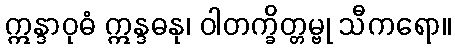
ဣန္ဒာဝုဓံ ဣန္ဒဓနု၊ ဝါတက္ခိတ္တမ္ဗု သီကရော။